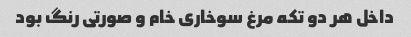
داخل هر دو تکه مرغ سوخاری خام و صورتی رنگ بود